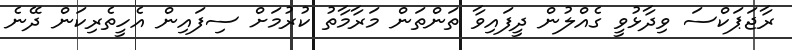
ރާޖަޕަކްސަ ވިދާޅުވީ ގެއްލުން ދީފައިވާ ތަންތަން މަރާމާތު ކުރުމަށް ސިފައިން އެހީތެރިކަން ދޭނެ